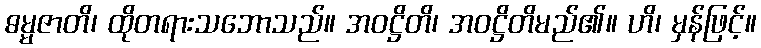
ဓမ္မဇာတိ၊ ထိုတရားသဘောသည်။ အဝဋ္ဌိတိ၊ အဝဋ္ဌိတိမည်၏။ ဟိ၊ မှန်ဖြင့်။